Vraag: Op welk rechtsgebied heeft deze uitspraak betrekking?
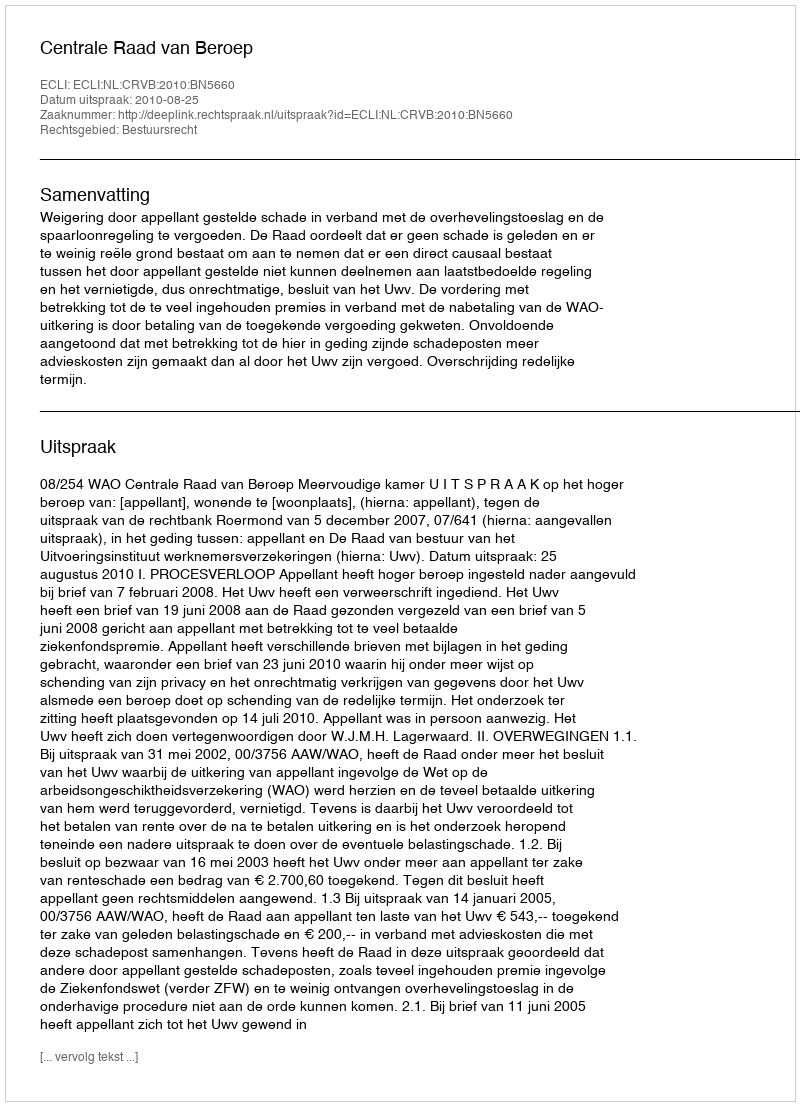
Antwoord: Bestuursrecht